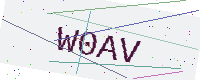
Text: W0AV